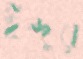
ইন্দুর